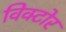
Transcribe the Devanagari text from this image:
विक्टोर